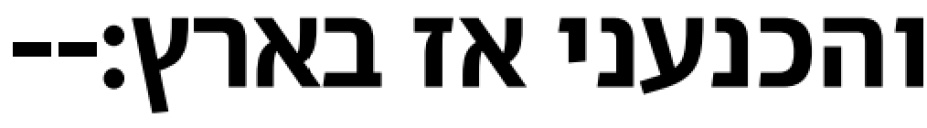
והכנעני אז בארץ׃--